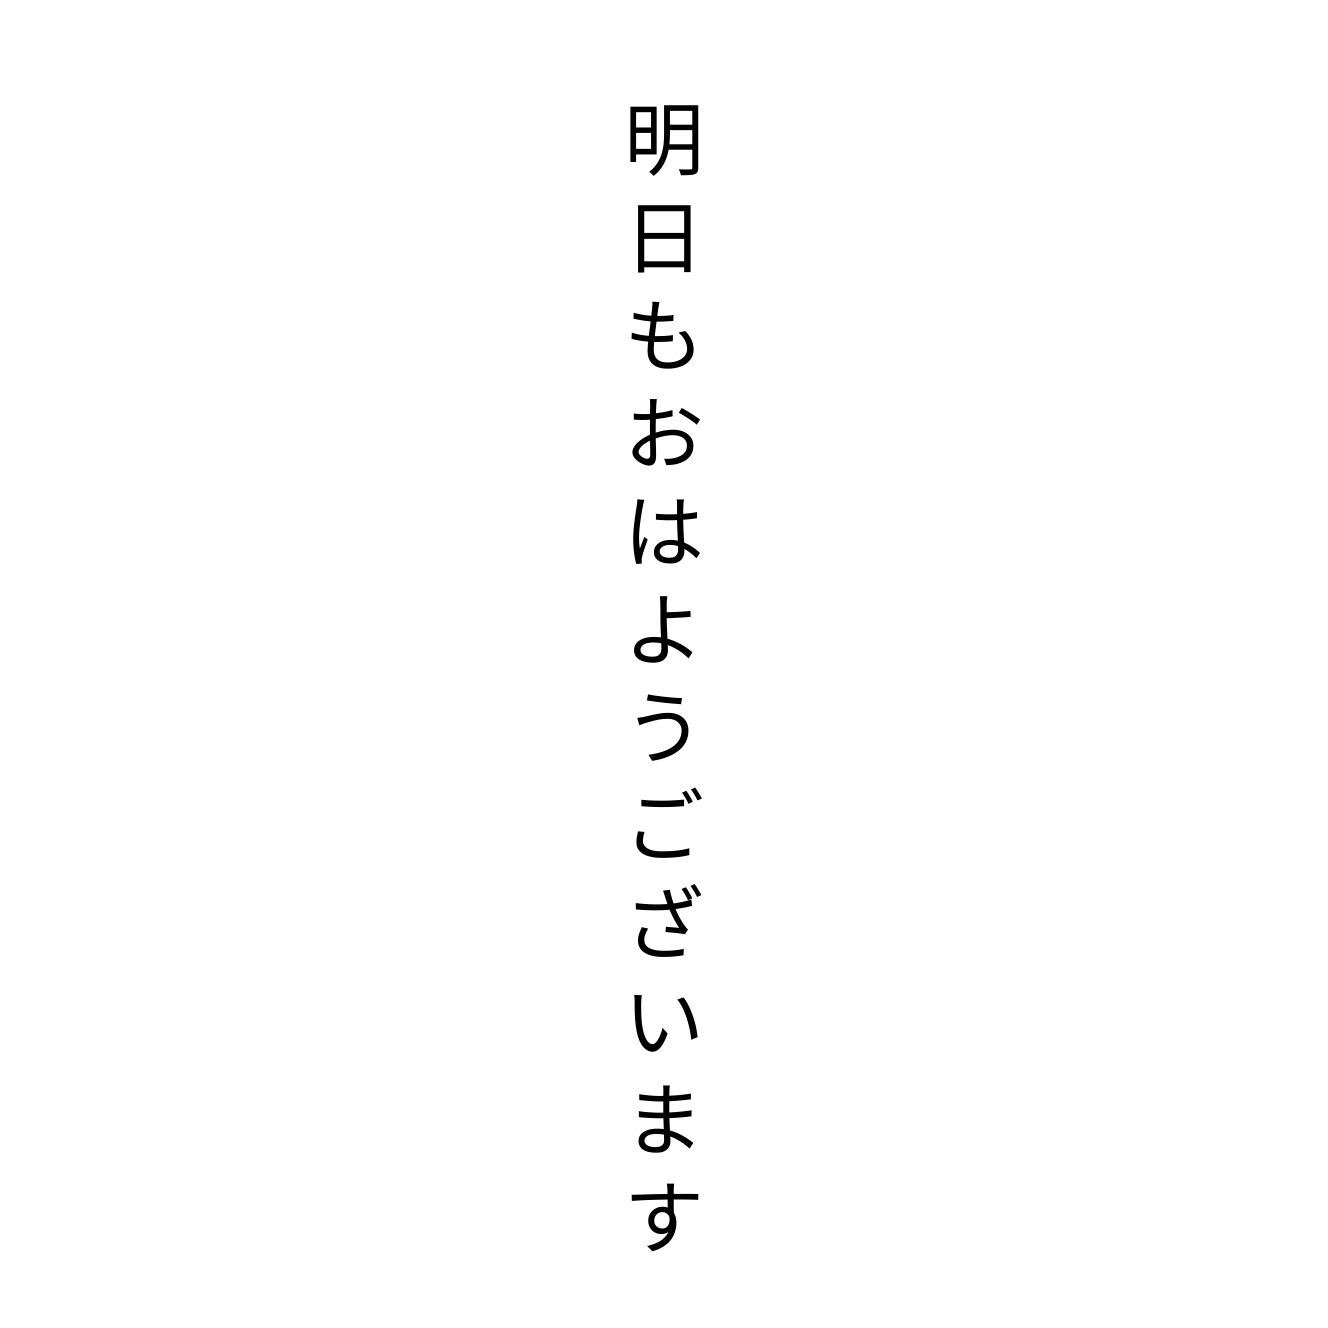
明日もおはようございます